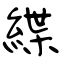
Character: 緤